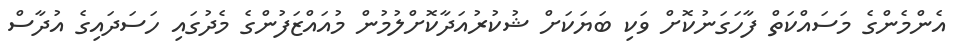
އެންމެންގެ މަސައްކަތް ފާހަގަނުކޮށް ވަކި ބަޔަކަށް ޝުކުރުއަދާކޮށްލުމުން މުއައްޒަފުންގެ މެދުގައި ހަސަދައިގެ އުދާސް